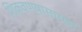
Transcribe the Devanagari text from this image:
शिकवण्यासारखा